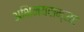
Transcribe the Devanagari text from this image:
अभिनयसम्राट